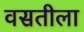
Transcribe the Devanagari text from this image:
वसतीला